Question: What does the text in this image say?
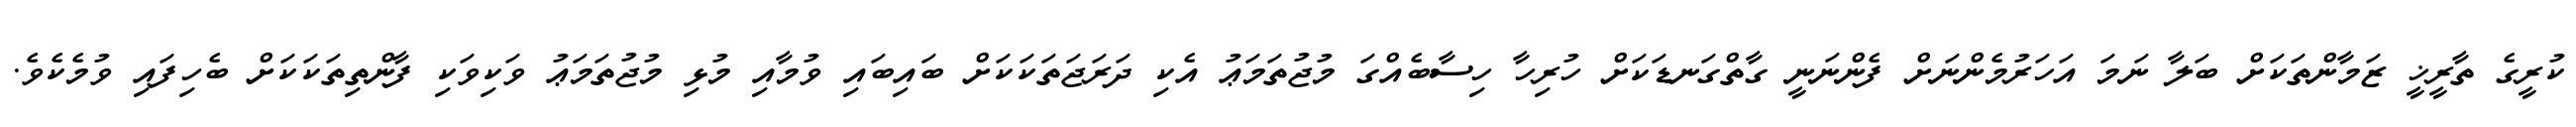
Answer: ކުރީގެ ތާރީޚީ ޒަމާންތަކަށް ބަލާ ނަމަ އަހަރުމެންނަށް ފެންނަނީ ގާތްގަނޑަކަށް ހުރިހާ ހިސާބެއްގަ މުޖުތަމަޢު އެކި ދަރަޖަތަކަކަށް ބައިބައި ވުމާއި މުޅި މުޖުތަމަޢު ވަކިވަކި ފާންތިތަކަކަށް ބެހިފައި ވުމެކެވެ.